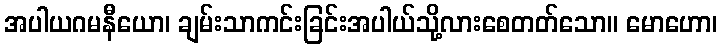
အပါယဂမနီယော၊ ချမ်းသာကင်းခြင်းအပါယ်သို့လားစေတတ်သော။ မောဟော၊